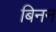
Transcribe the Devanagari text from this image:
बिनन